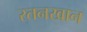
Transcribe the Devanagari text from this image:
रतनखान